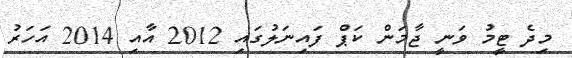
މިދެ ޓީމު ވަނީ ޖާމަން ކަޕް ފައިނަލުގައި 2012 އާއި 2014 އަހަރު